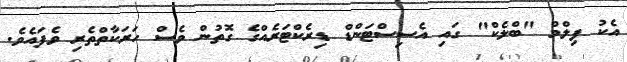
އެކު ފިލްމް "ބްލެކް" ގައި އެސިސްޓަންޑް ޑިރެކްޓަރެއްގެ ގޮތުން ވެސް ހަރަކާތްތެރި ވެފައެވެ.